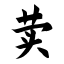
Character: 荬